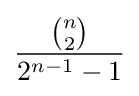
{\frac {\tbinom {n}{2}}{2^{n-1}-1}}